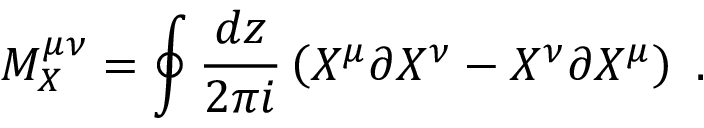
M _ { X } ^ { \mu \nu } = \oint { \frac { d z } { 2 \pi i } } \left( X ^ { \mu } \partial X ^ { \nu } - X ^ { \nu } \partial X ^ { \mu } \right) \ .